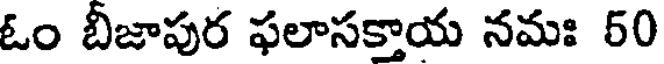
ఓం బీజాపుర ఫలాసక్తాయ నమః 50